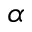
\alpha